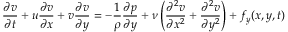
{ \frac { \partial v } { \partial t } } + u { \frac { \partial v } { \partial x } } + v { \frac { \partial v } { \partial y } } = - { \frac { 1 } { \rho } } { \frac { \partial p } { \partial y } } + \nu \left( { \frac { \partial ^ { 2 } v } { \partial x ^ { 2 } } } + { \frac { \partial ^ { 2 } v } { \partial y ^ { 2 } } } \right) + f _ { y } ( x , y , t )